Malaria in the Punjab - Number 46
Disease focus: Malaria
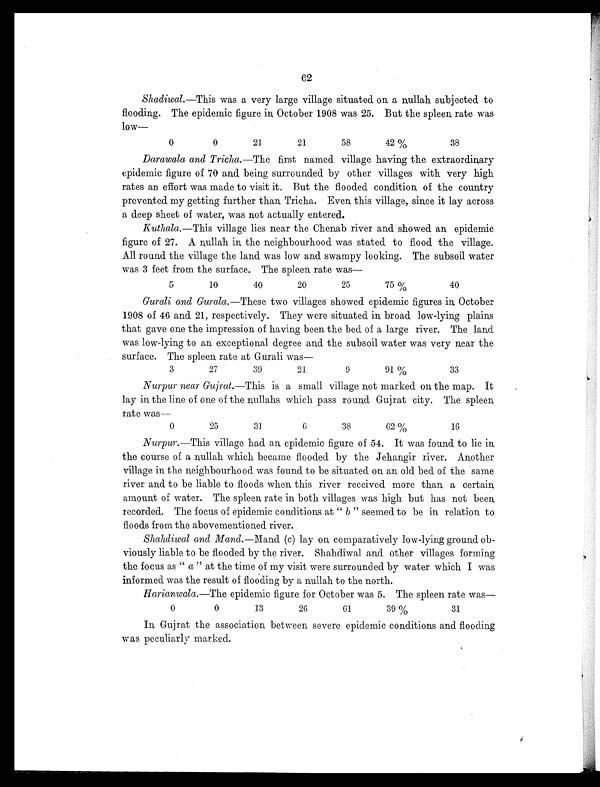
62
Shadiwal. —This was a very large village situated on a nullah subjected to
flooding. The epidemic figure in October 1908 was 25. But the spleen rate was
low—
0
0
21
21
58
42%
38
Darawala and Tricha. —The first named village having the extraordinary
epidemic figure of 70 and being surrounded by other villages with very high
rates an effort was made to visit it. But the flooded condition of the country
prevented my getting further than Tricha. Even this village, since it lay across
a deep sheet of water, was not actually entered.
Kuthala. —This village lies near the Chenab river and showed an epidemic
figure of 27. A nullah in the neighbourhood was stated to flood the village.
All round the village the land was low and swampy looking. The subsoil water
was 3 feet from the surface. The spleen rate was
—
5
10
40
20
25
75%
40
Gurali and Gurala. —These two villages showed epidemic figures in October
1908 of 46 and 21, respectively. They were situated in broad low-lying plains
that gave one the impression of having been the bed of a large river. The land
was low-lying to an exceptional degree and the subsoil water was very near the
surface. The spleen rate at Gurali was
—
3
27
39
21
9
91%
33
Nurpur near Gujrat. —This is a small village not marked on the map. It
lay in the line of one of the nullahs which pass round Gujrat city. The spleen
rate was—
0
25
31
6
38
62%
16
Nurpur. —This village had an epidemic figure of 54. It was found to lie in
the course of a nullah which became flooded by the Jehangir river. Another
village in the neighbourhood was found to be situated on an old bed of the same
river and to be liable to floods when this river received more than a certain,
amount of water. The spleen rate in both villages was high but has not been
recorded. The focus of epidemic conditions at " b " seemed to be in relation to
floods from the abovementioned river.
Shandiwal and Mand. —Mand ( c) lay on comparatively low-lying ground ob-
viously liable to be flooded by the river. Shandiwal and other villages forming
the focus as " a " at the time of my visit were surrounded by water which I was
informed was the result of flooding by a nullah to the north.
Harianwala. —The epidemic figure for October was 5. The spleen, rate was—
0
0
13
26
61
39%
31
In Gujrat the association between severe epidemic conditions and flooding
was peculiarly marked.